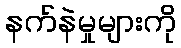
နက်နဲမှုများကို